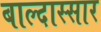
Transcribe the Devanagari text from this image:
बाल्दास्सार